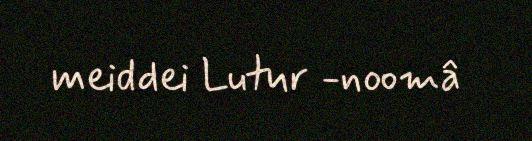
meiddei Lutur -noomâ